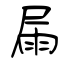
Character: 屚